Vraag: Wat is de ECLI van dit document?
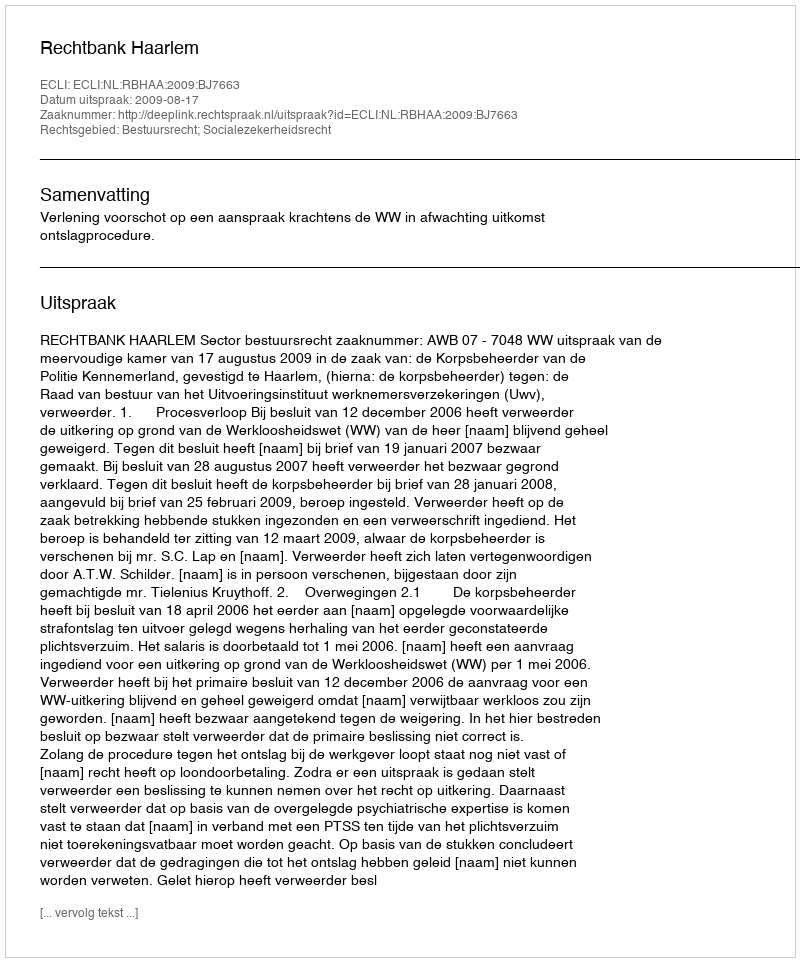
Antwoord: ECLI:NL:RBHAA:2009:BJ7663